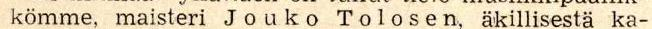
kömme, maisteri Jouko Tolosen, äkillisestä ka-